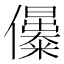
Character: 𠑔